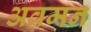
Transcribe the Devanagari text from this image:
अवमन